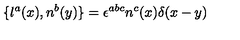
\{ l ^ { a } ( x ) , n ^ { b } ( y ) \} = \epsilon ^ { a b c } n ^ { c } ( x ) \delta ( x - y )